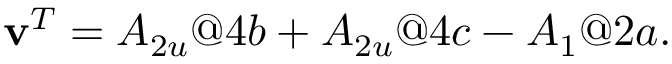
\begin{array} { r } { \mathbf { v } ^ { T } = A _ { 2 u } @ { 4 b } + A _ { 2 u } @ { 4 c } - A _ { 1 } @ { 2 a } . } \end{array}